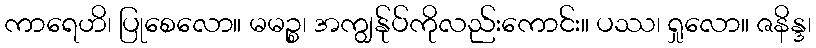
ကာရေဟိ၊ ပြုစေလော။ မမဉ္စ၊ အကျွန်ုပ်ကိုလည်းကောင်း။ ပဿ၊ ရှုလော။ ဇနိန္ဒ၊